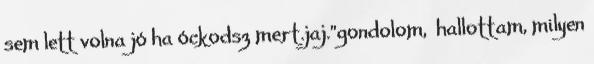
sem lett volna jó ha óckodsz mert.jaj."gondolom, hallottam, milyen